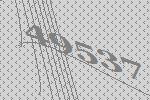
49537